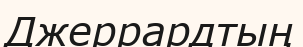
Джеррардтың